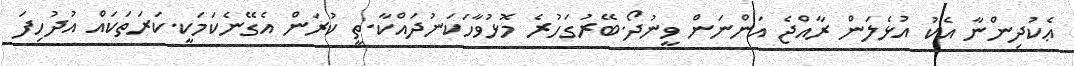
ޢެކުދިންނާ އެކު އުޅެލަން ރާއްޖެ އަންނަން ވީނުދޯ.ބޭރުގަހުރެ މޮޅުވާހަކަނުދައްކާ.ތީ ކުރަން އެގޭނެކަމަކީ.ކަރަތަކައް އުދުހިފަ